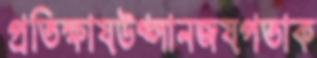
প্রতিক্ষায়উথ্‌লানজয়পতাক